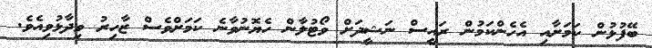
ބޭފުޅުން ކަމަށާއި އެހެންކަމުން ރައީސް ނަޝީދަށް ވޯޓުލާން ހެޔޮނުވާނެ ކަމަށްވެސް ޒާހިރު ވިދާޅުވިއެވެ.